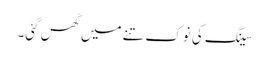
سینگ کی نوک تنے میں گھس گئی۔